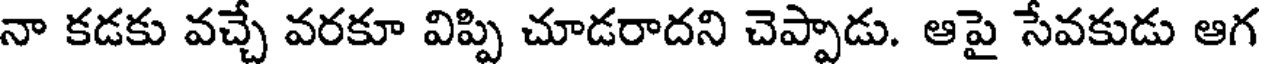
నా కడకు వచ్చే వరకూ విప్పి చూడరాదని చెప్పాడు. ఆపై సేవకుడు ఆగ